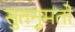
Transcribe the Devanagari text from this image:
सुतनुमतो